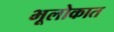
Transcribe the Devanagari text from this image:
भूलोकात